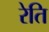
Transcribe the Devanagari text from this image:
रेति